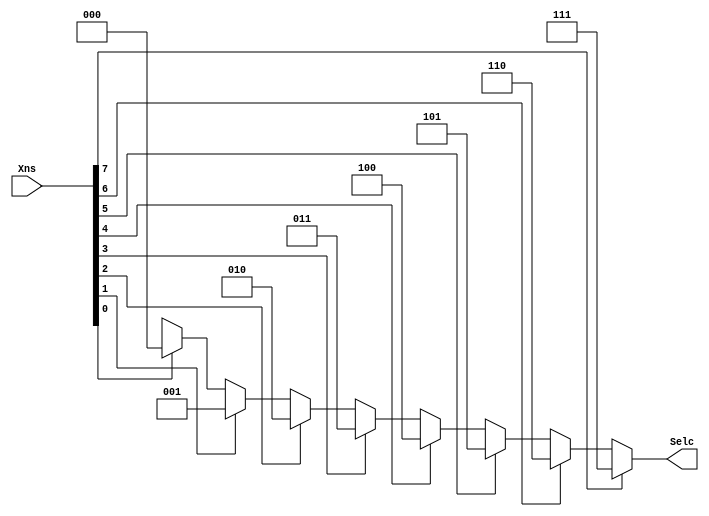
`timescale 1ns / 1ps
//////////////////////////////////////////////////////////////////////////////////
// Company: 
// Engineer: 
// 
// Design Name: 
// Module Name: ENCODER
// Project Name: 
// Target Devices: 
// Tool Versions: 
// Description: 
// 
// Dependencies: 
// 
// Revision:
// Revision 0.01 - File Created
// Additional Comments:
// 
//////////////////////////////////////////////////////////////////////////////////


module ENCODER(Selc, Xns);

   input [7:0] Xns;
   output [2:0] Selc;

   assign Selc =
      (Xns[7] == 1'b1) ? 3'b111:
      (Xns[6] == 1'b1) ? 3'b110:
      (Xns[5] == 1'b1) ? 3'b101:
      (Xns[4] == 1'b1) ? 3'b100:
      (Xns[3] == 1'b1) ? 3'b011:
      (Xns[2] == 1'b1) ? 3'b010:
      (Xns[1] == 1'b1) ? 3'b001:
      (Xns[0] == 1'b1) ? 3'b000: 3'bxxx;

endmodule